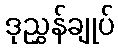
ဒုညွှန်ချုပ်